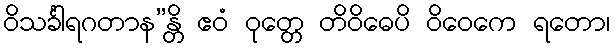
ဝိသင်္ခါရဂတာန”န္တိ ဧဝံ ဝုတ္တေ တိဝိဓေပိ ဝိဝေကေ ရတော၊